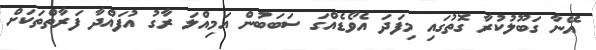
އޭނާ ގަބޫލުކުރާ ގޮތުގައި މިފަދަ އެވޯޑެއްގަ ސަބަބުން އަމިއްލަ ރާގު އުފައްދާ ފަރާތްތަކަށް